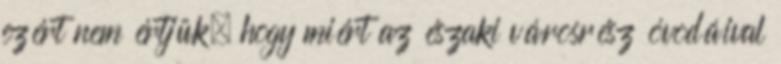
ezért nem értjük, hogy miért az északi városrész óvodáival